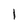
Character: l